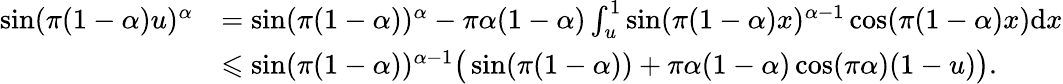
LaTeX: \begin{array}{rl}{\sin(\pi(1-\alpha)u)^{\alpha}}&{=\sin(\pi(1-\alpha))^{\alpha}-\pi\alpha(1-\alpha)\int_{u}^{1}\sin(\pi(1-\alpha)x)^{\alpha-1}\cos(\pi(1-\alpha)x)\mathrm{d}x}\\ &{\leqslant\sin(\pi(1-\alpha))^{\alpha-1}\big(\sin(\pi(1-\alpha))+\pi\alpha(1-\alpha)\cos(\pi\alpha)(1-u)\big).}\end{array}